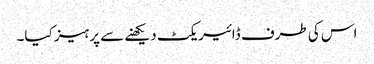
اس کی طرف ڈائیریکٹ دیکھنے سے پرہیز کیا۔